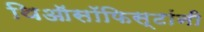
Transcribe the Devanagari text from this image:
थिऑसॉफिस्टांनी